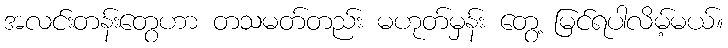
အလင်းတန်းတွေဟာ တသမတ်တည်း မဟုတ်မှန်း တွေ့ မြင်ရပါလိမ့်မယ်။